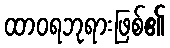
ထာဝရဘုရားဖြစ်၏